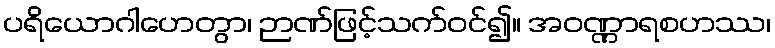
ပရိယောဂါဟေတွာ၊ ဉာဏ်ဖြင့်သက်ဝင်၍။ အဝဏ္ဏာရစဟဿ၊